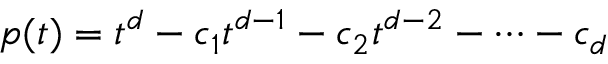
p ( t ) = t ^ { d } - c _ { 1 } t ^ { d - 1 } - c _ { 2 } t ^ { d - 2 } - \cdots - c _ { d }